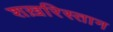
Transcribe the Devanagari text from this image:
शख़रिस्तान